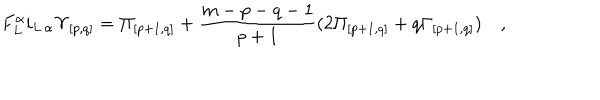
F _ { L } ^ { \alpha } i _ { L \, \alpha } { \Upsilon } _ { { [ p , q ] } } = { \Pi } _ { [ p + 1 , q ] } + { \frac { m - p - q - 1 } { p + 1 } } ( 2 { \Pi } _ { [ p + 1 , q ] } + q { \Gamma } _ { [ p + 1 , q ] } ) \quad ,